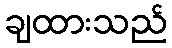
ချထားသည်